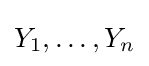
Y_{1},\dots ,Y_{n}